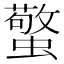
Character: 蟼